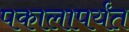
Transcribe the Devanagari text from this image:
पकालापर्यंत